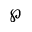
\wp